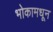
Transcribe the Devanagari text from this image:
भोकामधून